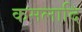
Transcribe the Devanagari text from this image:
कमलादि